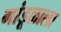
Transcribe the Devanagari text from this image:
गांडूळाला